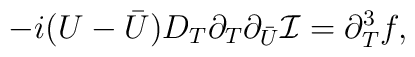
-i(U -{\bar U}) D_T \partial_T \partial_{\bar U} {\cal I}=\partial_T^3 f,